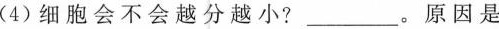
(4)细胞会不会越分越小\underline。原因是